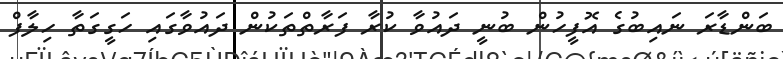
ބަންޑާރަ ނައިބުގެ އޮފީހުން ބުނީ ދައުވާ ކުރާ ފަރާތްތަކުން ދައުވާގައި ހަގީގަތާ ހިލާފް